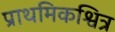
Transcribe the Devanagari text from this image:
प्राथमिकश्वित्र